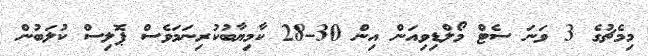
މިމެޗުގެ 3 ވަނަ ސެޓް މޯލްޑިވިއަން އިން 30-28 ކާމިޔާބުކުރިނަމަވެސް ޕޮލިސް ކުލަބުން